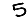
Digit: 5